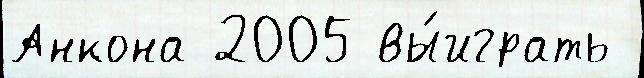
Анкона 2005 вы́играть